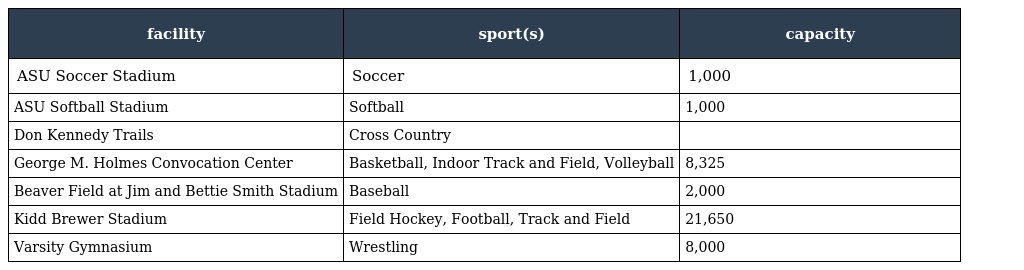
| facility | sport(s) | capacity |
 | --- | --- | --- |
 | ASU Soccer Stadium | Soccer | 1,000 |
 | ASU Softball Stadium | Softball | 1,000 |
 | Don Kennedy Trails | Cross Country |  |
 | George M. Holmes Convocation Center | Basketball, Indoor Track and Field, Volleyball | 8,325 |
 | Beaver Field at Jim and Bettie Smith Stadium | Baseball | 2,000 |
 | Kidd Brewer Stadium | Field Hockey, Football, Track and Field | 21,650 |
 | Varsity Gymnasium | Wrestling | 8,000 |